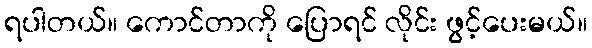
ရပါတယ်။ ကောင်တာကို ပြောရင် လိုင်း ဖွင့်ပေးမယ်။